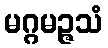
မဂ္ဂမဉ္ဇသံ